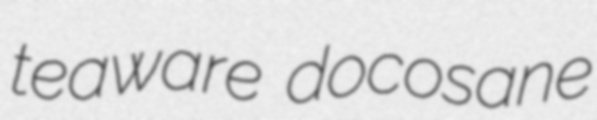
teaware docosane